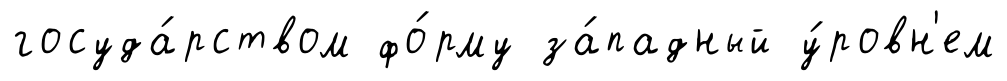
госуда́рством фо́рму за́падный у́ровн'ем